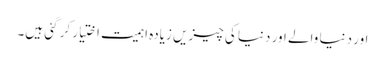
اور دنیا والے اور دنیا کی چیزیں زیادہ اہمیت اختیار کر گئی ہیں۔